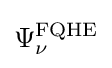
\Psi _{\nu }^{\rm {FQHE}}